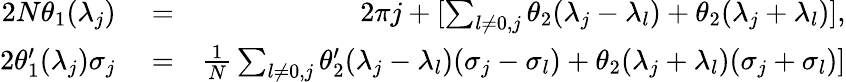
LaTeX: \begin{array}{rlr}{2N\theta_{1}(\lambda_{j})}&{{}=}&{2\pi j+[\sum_{l\neq 0,j}\theta_{2}(\lambda_{j}-\lambda_{l})+\theta_{2}(\lambda_{j}+\lambda_{l})],}\\ {2\theta_{1}^{\prime}(\lambda_{j})\sigma_{j}}&{{}=}&{\frac{1}{N}\sum_{l\neq 0,j}\theta_{2}^{\prime}(\lambda_{j}-\lambda_{l})(\sigma_{j}-\sigma_{l})+\theta_{2}(\lambda_{j}+\lambda_{l})(\sigma_{j}+\sigma_{l})]}\end{array}